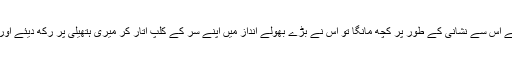
ایک روز میں نے اس سے نشانی کے طور پر کچھ مانگا تو اس نے بڑے بھولے انداز میں اپنے سر کے کلپ اتار کر میری ہتھیلی پر رکھ دیئے اور مسکرا کر کہا۔